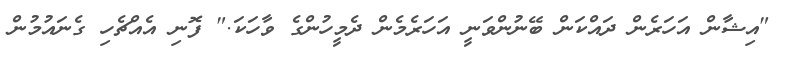
"އިޝާން އަހަރެން ދައްކަން ބޭނުންވަނީ އަހަރެމެން ދެމީހުންގެ ވާހަކަ." ފޮނި އެއްޗެހި ގެނައުމުން